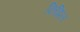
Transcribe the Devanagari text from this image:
किझिल